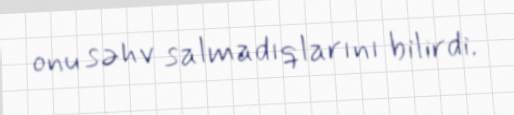
onu səhv salmadıqlarını bilirdi.